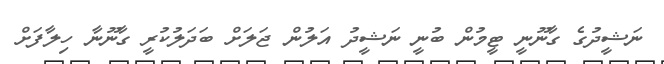
ނަޝީދުގެ ގާނޫނީ ޓީމުން ބުނީ ނަޝީދު އަލުން ޖަލަށް ބަދަލުކުރީ ގާނޫނާ ހިލާފަށް